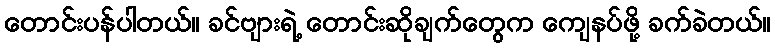
တောင်းပန်ပါတယ်။ ခင်ဗျားရဲ့ တောင်းဆိုချက်တွေက ကျေနပ်ဖို့ ခက်ခဲတယ်။